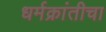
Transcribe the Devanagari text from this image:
धर्मक्रांतीचा